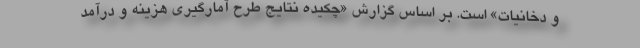
و دخانيات» است. بر اساس گزارش «چكيده نتايج طرح آمارگيري هزينه و درآمد